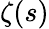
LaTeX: \zeta(s)